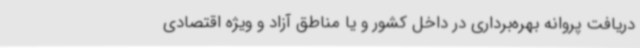
دریافت پروانه بهره‌برداری در داخل کشور و یا مناطق آزاد و ویژه اقتصادی